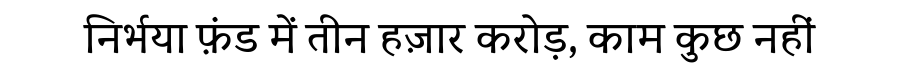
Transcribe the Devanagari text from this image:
निर्भया फ़ंड में तीन हज़ार करोड़, काम कुछ नहीं